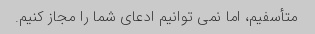
متأسفیم، اما نمی توانیم ادعای شما را مجاز کنیم.